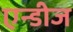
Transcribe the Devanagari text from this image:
एन्डीज